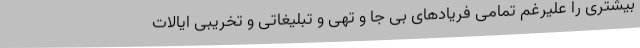
بیشتری را علیرغم تمامی فریادهای بی جا و تهی و تبلیغاتی و تخریبی ایالات